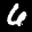
Label: 6